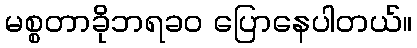
မစ္စတာခိုဘရခဝ ပြောနေပါတယ်။